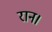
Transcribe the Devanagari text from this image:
रान।